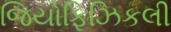
જિયોફિઝિકલી